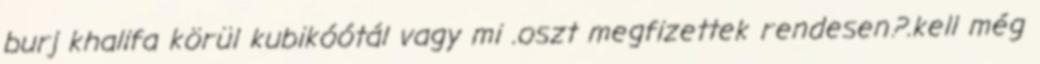
burj khalifa körül kubikóótál vagy mi .oszt megfizettek rendesen?.kell még